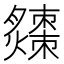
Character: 𤒗